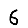
Digit: 6